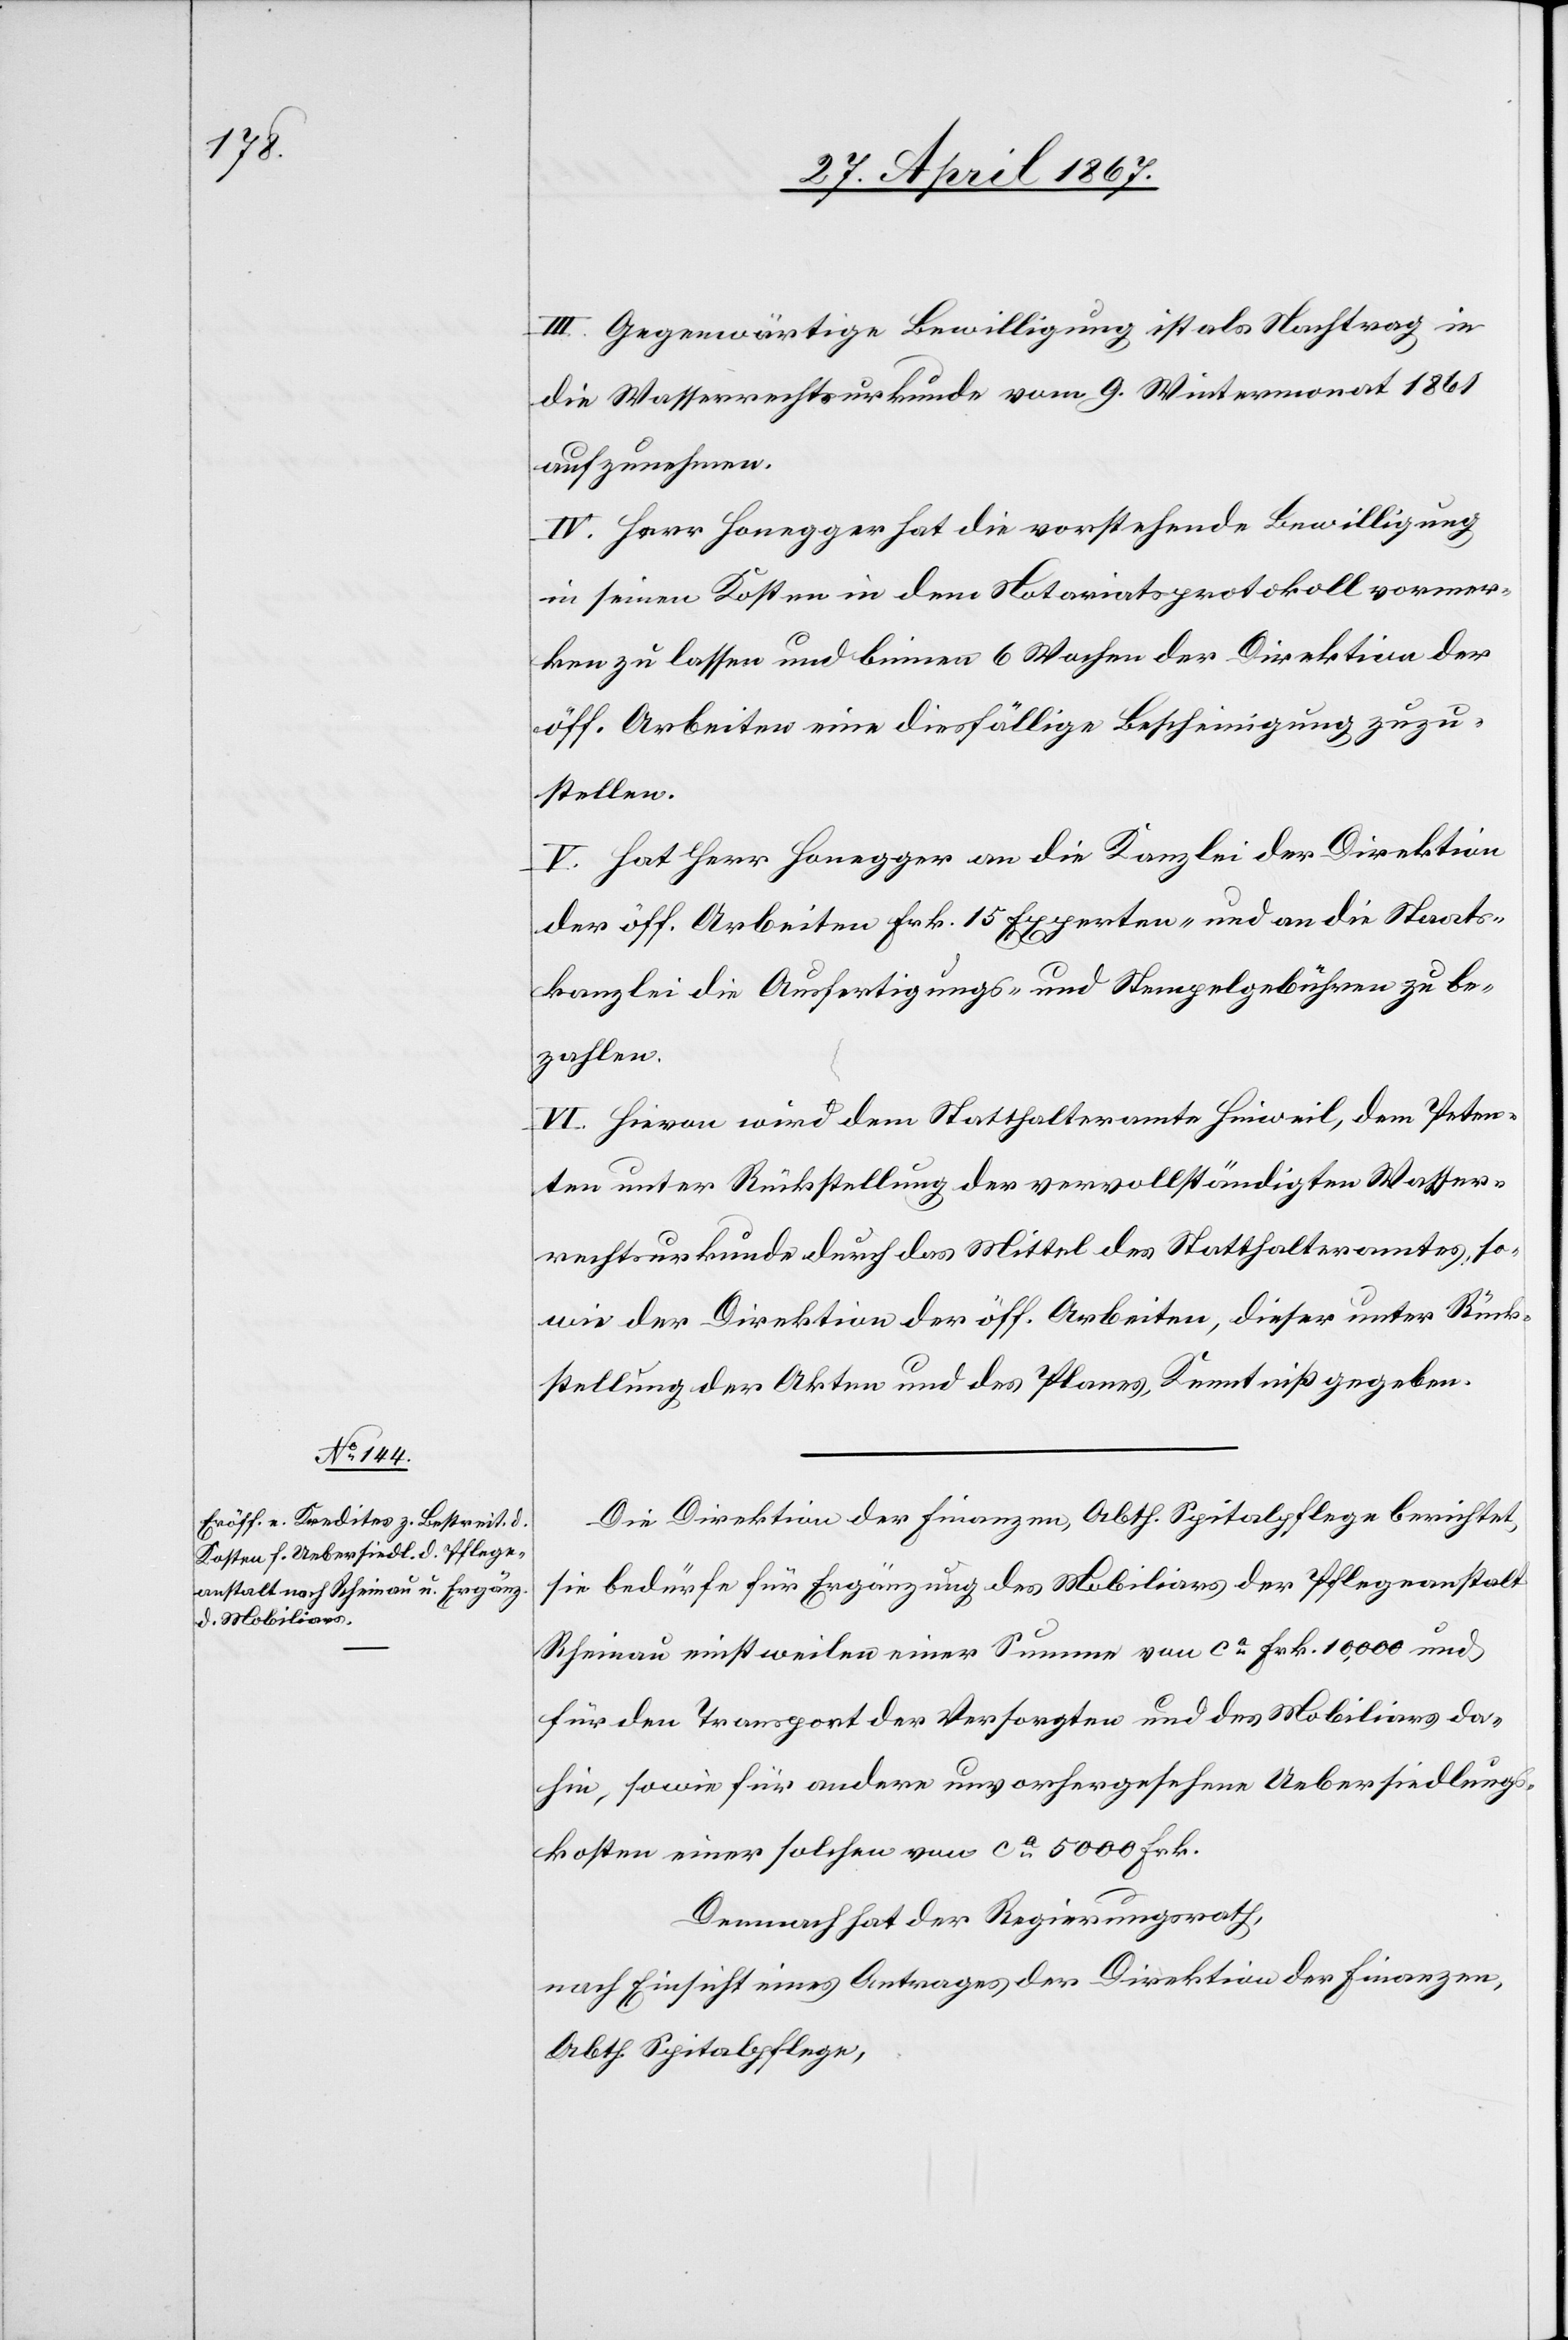
III. Gegenwärtige Bewilligung ist als Nachtrag in
die Wasserrechtsurkunde vom 9. Wintermonat 1861
aufzunehmen.
IV. Herr Honegger hat die vorstehende Bewilligung
in seinen Kosten in dem Notariatsprotokoll vormer¬
ken zu lassen und binnen 6 Wochen der Direktion der
öff. Arbeiten eine diesfällige Bescheinigung zuzu¬
stellen.
V. Hat Herr Honegger an die Kanzlei der Direktion
der öff. Arbeiten Frk. 15 Experten- und an die Staats¬
kanzlei die Ausfertigungs- und Stempelgebühren zu be¬
zahlen.
VI. Hievon wird dem Statthalteramte Hinweil, dem Peten¬
ten unter Rückstellung der vervollständigten Wasser¬
rechtsurkunde durch das Mittel des Statthalteramtes, so¬
wie der Direktion der öff. Arbeiten, dieser unter Rück¬
stellung der Akten und des Planes, Kenntniß gegeben.
Die Direktion der Finanzen, Abth. Spitalpflege berichtet,
sie bedürfe für Ergänzung des Mobiliars der Pflegeanstalt
Rheinau einstweilen einer Summe von ca. Frk. 10,000 und
für den Transport der Versorgten und des Mobiliars da¬
hin, sowie für andere unvorhergesehene Uebersiedlung¬
skosten einer solchen von ca. 5000 Frk.
Demnach hat der Regierungsrath,
nach Einsicht eines Antrages der Direktion der Finanzen,
Abth. Spitalpflege,